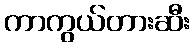
ကာကွယ်တားဆီး